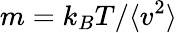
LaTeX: m=k_{B}T/\langle v^{2}\rangle